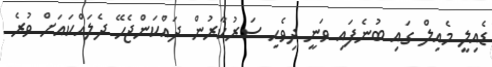
ޑެއިލީ މެއިލް ގައި ބުނެފައި ވަނީ ދިވެހި ސަރުކާރުން ދައްކަންޖެހޭ ދެލައްކައަށް ވުރެ